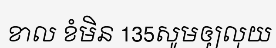
ខាល ខំមិន 135សូមឲ្យលុយ